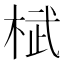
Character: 𣓸